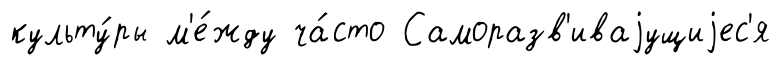
культу́ры м'е́жду ча́сто Саморазв'иваjущиjес'я